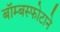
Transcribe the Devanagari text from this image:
बॉम्बस्फोटाने